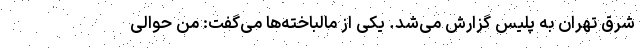
شرق تهران به پلیس گزارش می‌شد. یکی از مالباخته‌ها می‌گفت: من حوالی